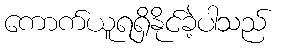
ကောက်ယူရရှိနိုင်ခဲ့ပါသည်